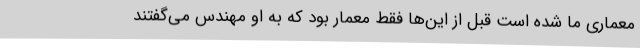
معماری ما شده است قبل از این‌ها فقط معمار بود که به او مهندس می‌گفتند